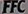
FFC